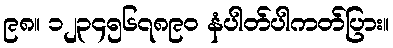
၉၈။ ၁၂၃၄၅၆၇၈၉၀ နံပါတ်ပါကတ်ပြား။